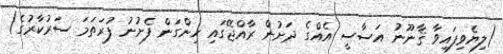
(ލިޔެވިފައިވާ ޤާނޫނު އަސާސީ އެއްގެ ދަށުން ރާއްޖޭގައި ހިންގަން ފެށުނު ފުރަތަމަ ސަރުކާރުގެ)